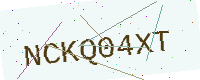
Text: NCKQ04XT